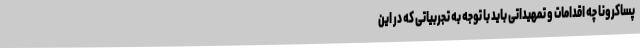
پساکرونا چه اقدامات و تمهیداتی باید با توجه به تجربیاتی که در این